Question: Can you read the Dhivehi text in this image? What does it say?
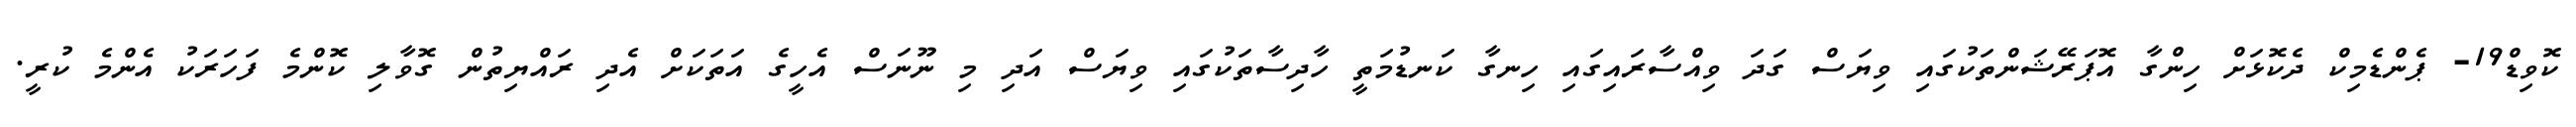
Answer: ކޮވިޑް19- ޕެންޑެމިކް ދެކޮޅަށް ހިންގާ އޮޕަރޭޝަންތަކުގައި ވިޔަސް ގަދަ ވިއްސާރައިގައި ހިނގާ ކަނޑުމަތީ ހާދިސާތަކުގައި ވިޔަސް އަދި މި ނޫނަސް އެހީގެ އަތަކަށް އެދި ރައްޔިތުން ގޮވާލި ކޮންމެ ފަހަރަކު އެންމެ ކުރީ.